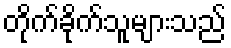
တိုက်ခိုက်သူများသည်